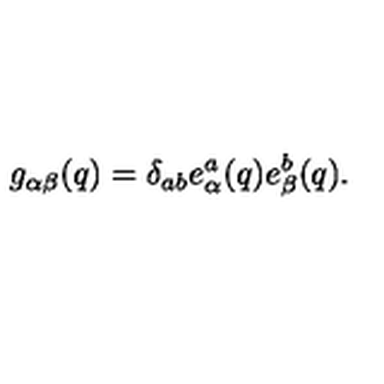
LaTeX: g _ { \alpha \beta } ( q ) = \delta _ { a b } e _ { \alpha } ^ { a } ( q ) e _ { \beta } ^ { b } ( q ) .